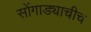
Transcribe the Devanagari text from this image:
सोंगाड्याचीच